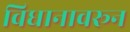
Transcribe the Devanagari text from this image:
विधानावरून